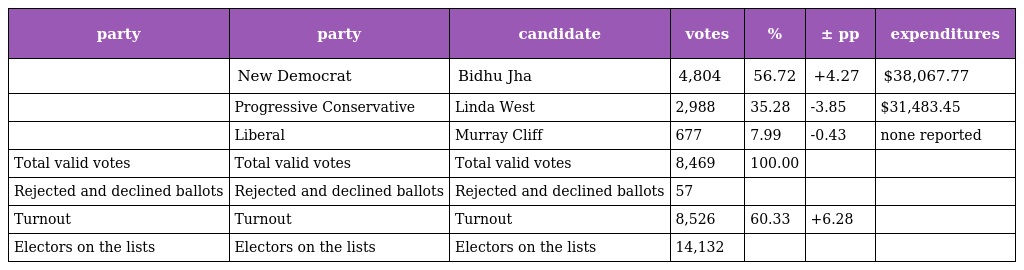
| party | party | candidate | votes | % | ± pp | expenditures |
 | --- | --- | --- | --- | --- | --- | --- |
 |  | New Democrat | Bidhu Jha | 4,804 | 56.72 | +4.27 | $38,067.77 |
 |  | Progressive Conservative | Linda West | 2,988 | 35.28 | -3.85 | $31,483.45 |
 |  | Liberal | Murray Cliff | 677 | 7.99 | -0.43 | none reported |
 | Total valid votes | Total valid votes | Total valid votes | 8,469 | 100.00 |  |  |
 | Rejected and declined ballots | Rejected and declined ballots | Rejected and declined ballots | 57 |  |  |  |
 | Turnout | Turnout | Turnout | 8,526 | 60.33 | +6.28 |  |
 | Electors on the lists | Electors on the lists | Electors on the lists | 14,132 |  |  |  |